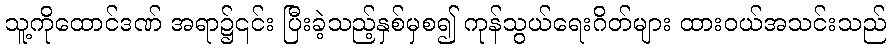
သူ့ကိုထောင်ဒဏ် အရာ၌၎င်း ပြီးခဲ့သည့်နှစ်မှစ၍ ကုန်သွယ်ရေးဂိတ်များ ထားဝယ်အသင်းသည်